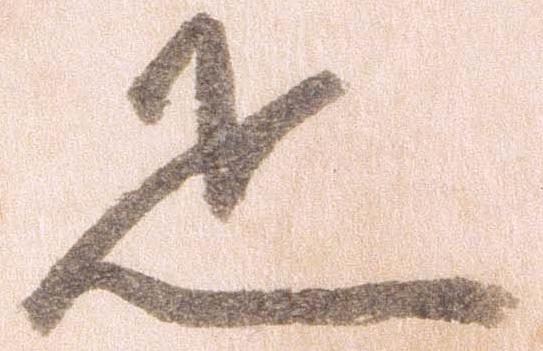
疋